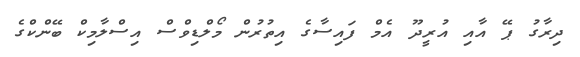
ދިރާގު ޕޭ އާއި އުރީދޫ އެމް ފައިސާގެ އިތުރުން މޯލްޑިވްސް އިސްލާމިކް ބޭންކްގެ